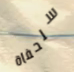
سلحفاة